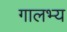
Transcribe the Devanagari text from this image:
गालभ्य